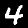
Digit: 4